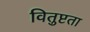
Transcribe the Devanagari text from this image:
वितुष्टता